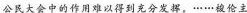
公民大会中的作用难以得到充分发挥。……被伦主